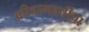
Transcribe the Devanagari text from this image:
क्रीडामहर्षींचा